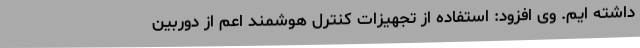
داشته ایم. وی افزود: استفاده از تجهیزات کنترل هوشمند اعم از دوربین